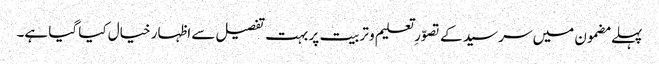
پہلے مضمون میں سر سید کے تصوّرِ تعلیم و تربیت پر بہت تفصیل سے اظہار خیال کیا گیا ہے۔